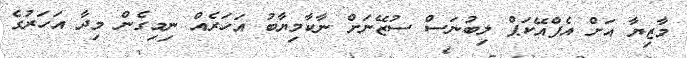
މާޒިޔާ އަށް އެފްއޭކަޕް ލިބުނަސް ސުޒޭނަށް ނާކާމިޔާބު އަހަރެއް ނިމިގެން މިދާ އަހަރުގެ